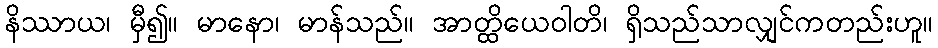
နိဿာယ၊ မှီ၍။ မာနော၊ မာန်သည်။ အာတ္ထိယေဝါတိ၊ ရှိသည်သာလျှင်ကတည်းဟူ။